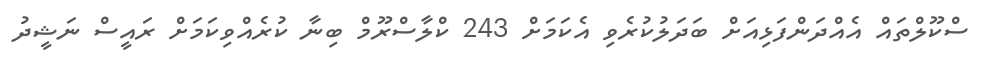
ސްކޫލްތައް އެއްދަންފަޅިއަށް ބަދަލުކުރެވި އެކަމަށް 243 ކްލާސްރޫމް ބިނާ ކުރެއްވިކަމަށް ރައީސް ނަޝީދު